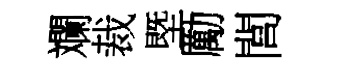
斕裁塈勵閭